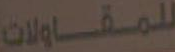
للمقاولات